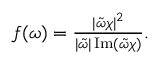
\begin{array} { r } { f ( \omega ) = \frac { | \tilde { \omega } \chi | ^ { 2 } } { | \tilde { \omega } | \operatorname { I m } \left( \tilde { \omega } \chi \right) } . } \end{array}